Indian journal of veterinary science and animal husbandry - Volume 7,
Year: 1937
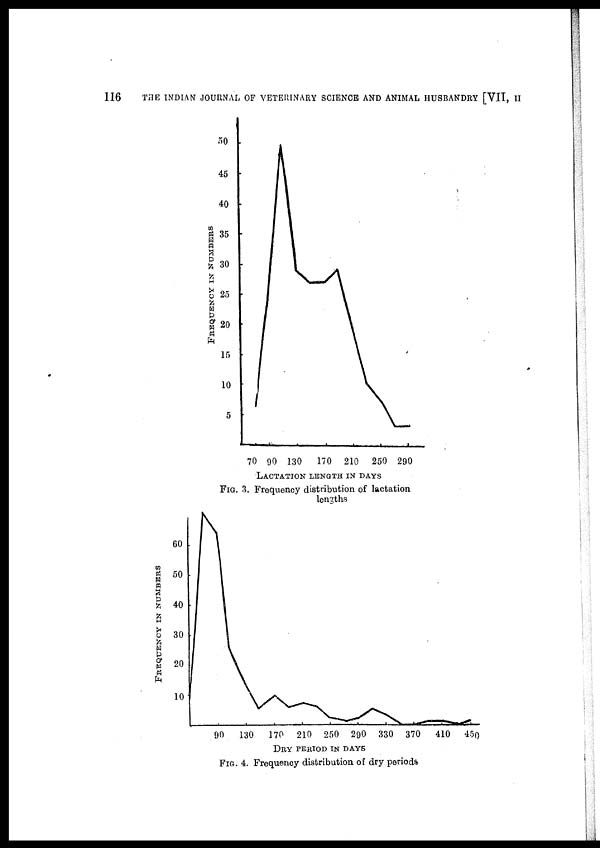
116
THE INDIAN JOURNAL OF VETERINARY SCIENCE AND ANIMAL HUSBANDRY [VIT, II
FIG. 3. Frequency distribution of lactation
lengths
FIG. 4. Frequency distribution of dry periods